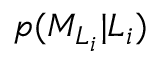
p ( { M } _ { L _ { i } } \vert L _ { i } )